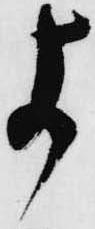
よ